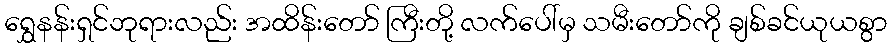
ရွှေနန်းရှင်ဘုရားလည်း အထိန်းတော် ကြီးတို့ လက်ပေါ်မှ သမီးတော်ကို ချစ်ခင်ယုယစွာ